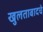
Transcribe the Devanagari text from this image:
खुलताबादचे